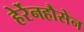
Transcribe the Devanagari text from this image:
हेर्रेनहौसेन